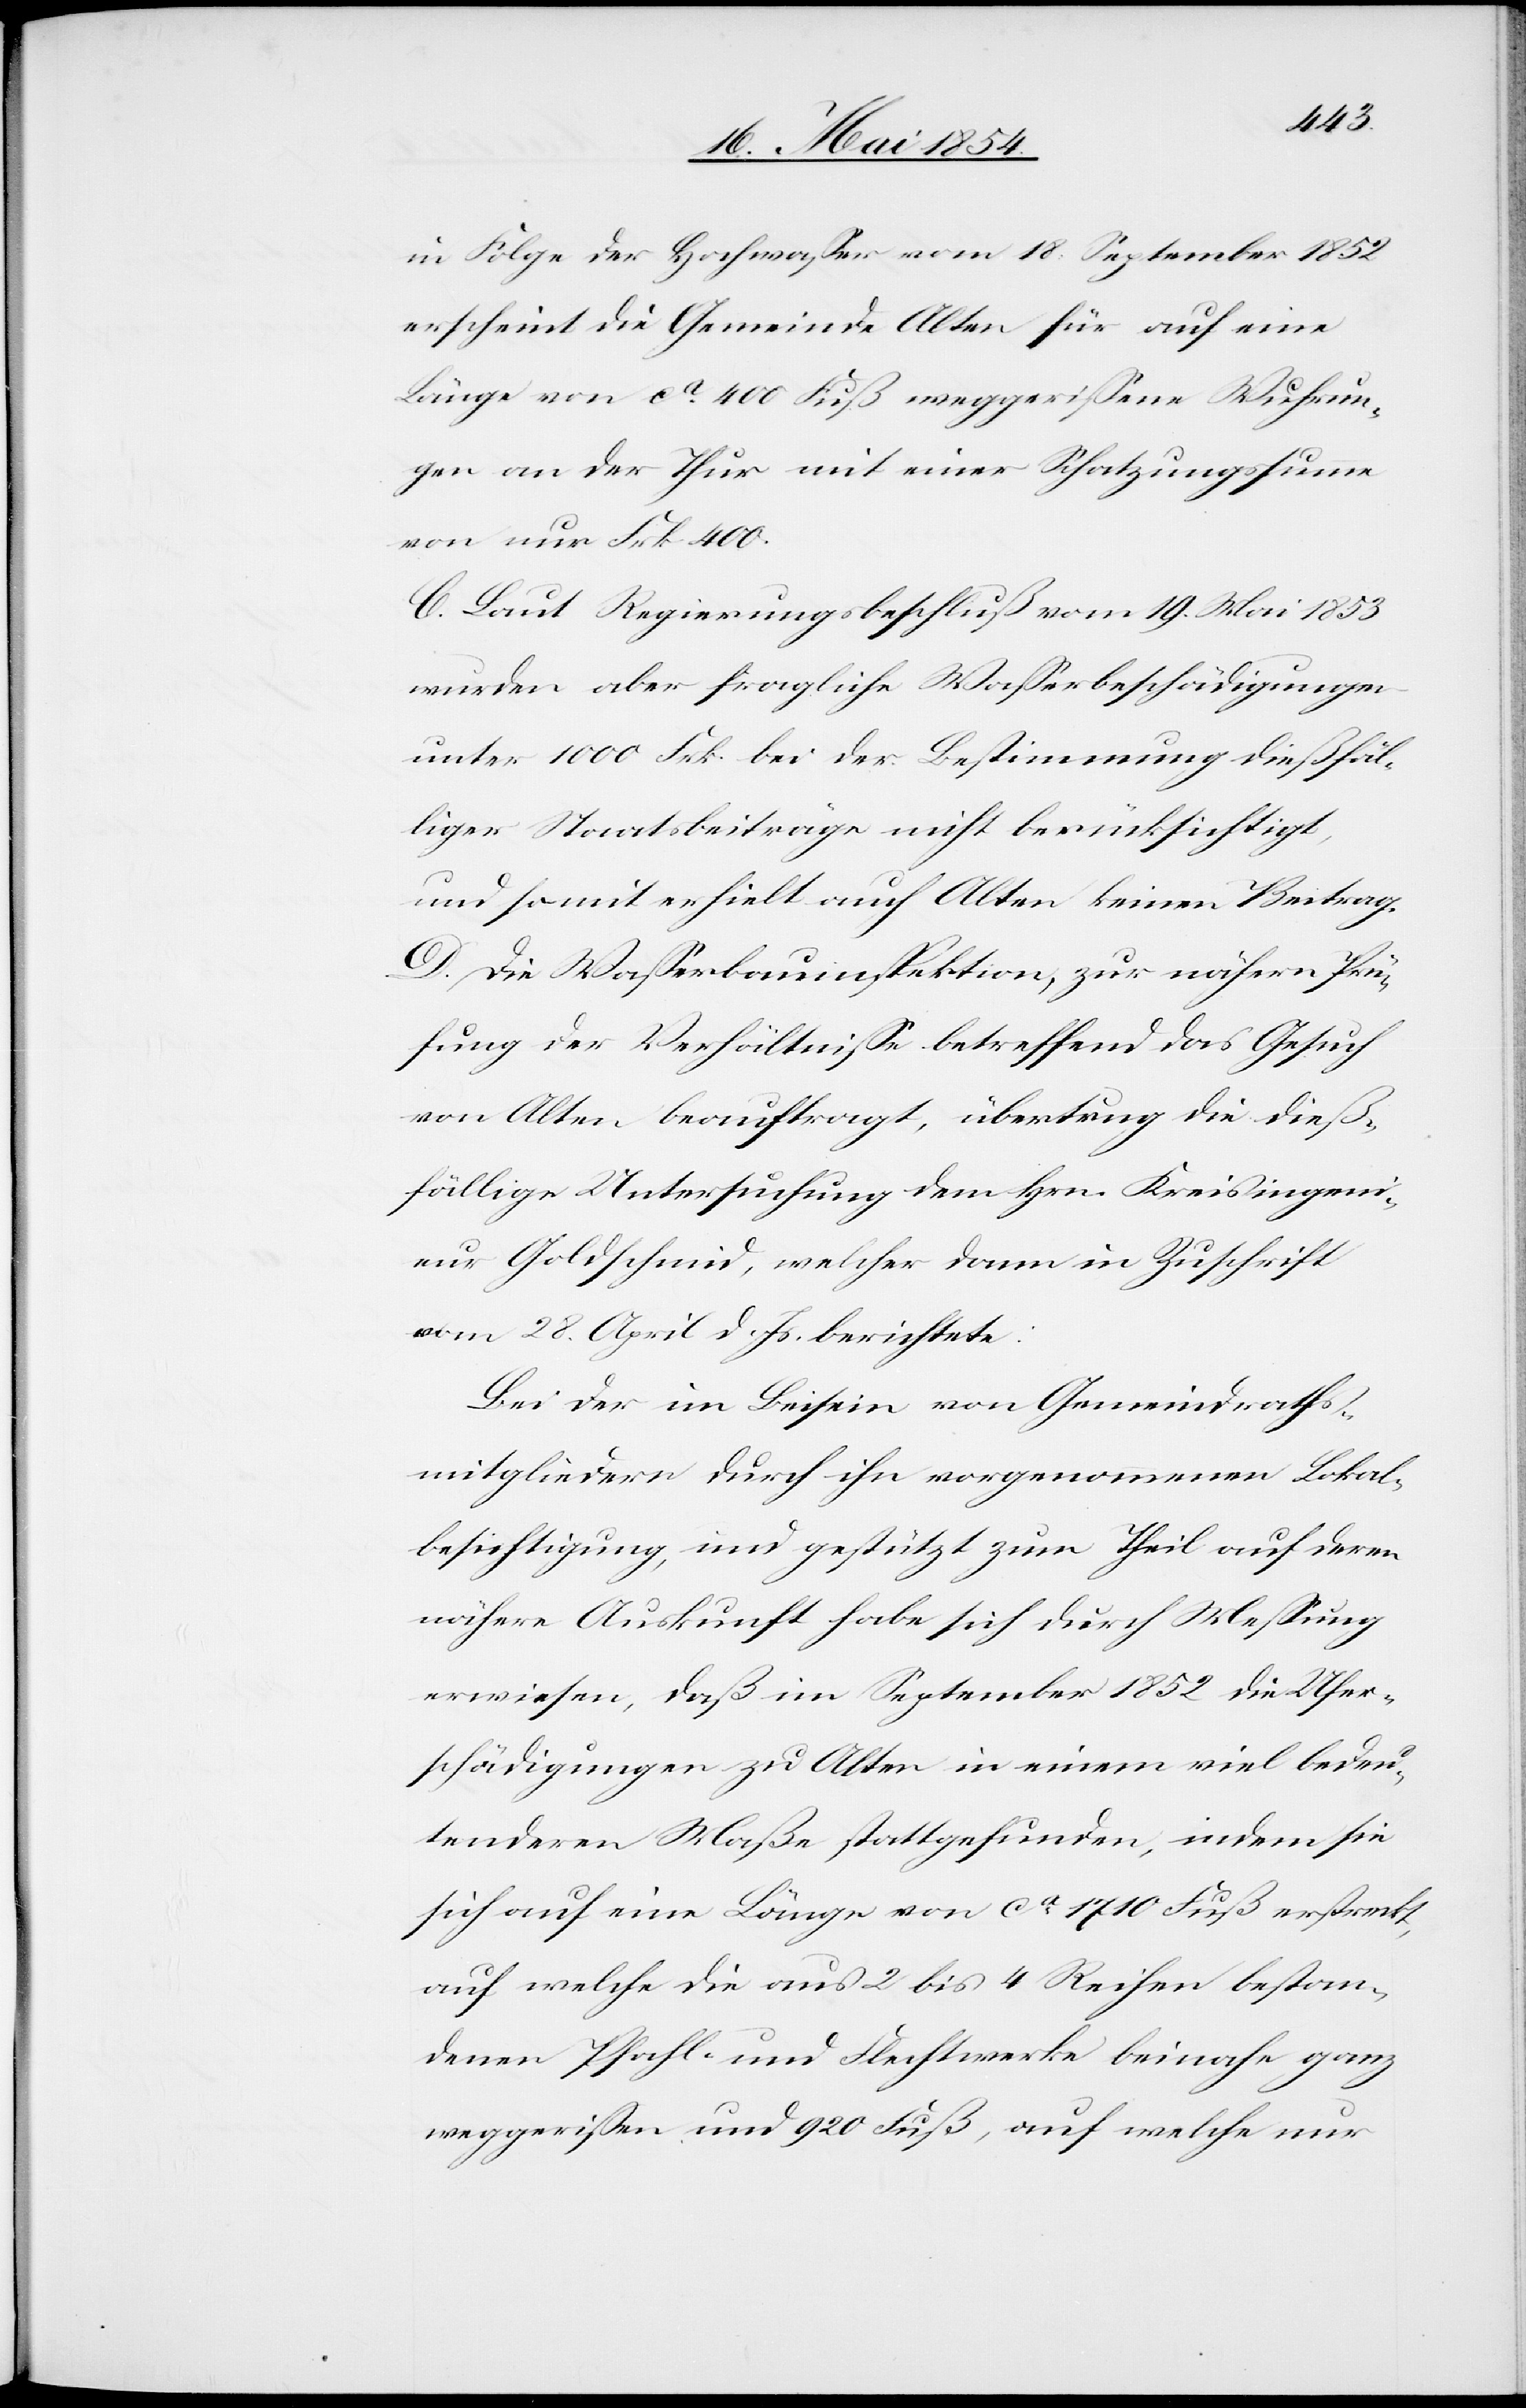
in Folge der Hochwaßer vom 18. September 1852
erscheint die Gemeinde Alten für auf eine
Länge von ca 400 Fuß weggerißene Wuhrun¬
gen an der Thur mit einer Schatzungssumme
von nur Frk. 400.
C. Laut Regierungsbeschluß vom 19. Mai 1853
wurden aber fragliche Waßerbeschädigungen
unter 1000 Frk. bei der Bestimmung dießfäl¬
liger Staatsbeiträge nicht berücksichtigt,
und somit erhielt auch Alten keinen Beitrag.
D. Die Waßerbauinspektion, zur nähern Prü¬
fung der Verhältniße betreffend das Gesuch
von Alten beauftragt, übertrug die dieß¬
fällige Untersuchung dem Hrn. Kreisingeni¬
eur Goldschmid, welcher dann in Zuschrift
vom 28. April d. Js. berichtete:
Bei der im Beisein von Gemeindraths¬
mitgliedern durch ihn vorgenommenen Lokal¬
besichtigung, und gestützt zum Theil auf deren
nähere Auskunft habe sich durch Meßung
erwiesen, daß im September 1852 die Ufer¬
schädigungen zu Alten in einem viel bedeu¬
tenderen Maße stattgefunden, indem sie
sich auf eine Länge von ca 1710 Fuß erstreckt,
auf welche die aus 2 bis 4 Reihen bestan¬
denen Pfahl- und Flechtwerke beinahe ganz
weggerißen und 920 Fuß, auf welche nur